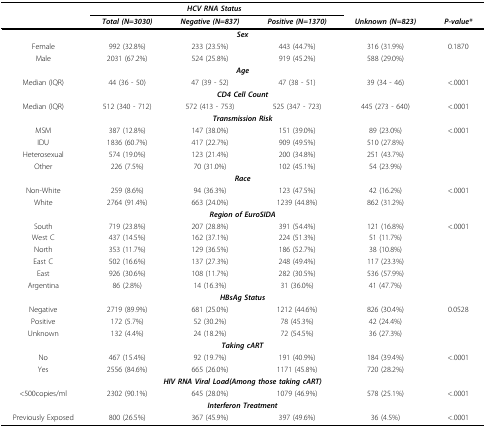
<table><thead><tr><td colspan="2"></td><td colspan="3"><b><i>HCV RNA Status</i></b></td><td></td></tr><tr><td></td><td><b><i>Total (N=3030)</i></b></td><td><b><i>Negative (N=837)</i></b></td><td><b><i>Positive (N=1370)</i></b></td><td><b><i>Unknown (N=823)</i></b></td><td><b><i>P-value*</i></b></td></tr></thead><tbody><tr><td colspan="6"><i><b>Sex</b></i></td></tr><tr><td>Female</td><td>992 (32.8%)</td><td>233 (23.5%)</td><td>443 (44.7%)</td><td>316 (31.9%)</td><td>0.1870</td></tr><tr><td>Male</td><td>2031 (67.2%)</td><td>524 (25.8%)</td><td>919 (45.2%)</td><td>588 (29.0%)</td><td></td></tr><tr><td colspan="6"><i><b>Age</b></i></td></tr><tr><td>Median (IQR)</td><td>44 (36 - 50)</td><td>47 (39 - 52)</td><td>47 (38 - 51)</td><td>39 (34 - 46)</td><td>&lt;.0001</td></tr><tr><td colspan="6"><i><b>CD4 Cell Count</b></i></td></tr><tr><td>Median (IQR)</td><td>512 (340 - 712)</td><td>572 (413 - 753)</td><td>525 (347 - 723)</td><td>445 (273 - 640)</td><td>&lt;.0001</td></tr><tr><td colspan="6"><i><b>Transmission Risk</b></i></td></tr><tr><td>MSM</td><td>387 (12.8%)</td><td>147 (38.0%)</td><td>151 (39.0%)</td><td>89 (23.0%)</td><td>&lt;.0001</td></tr><tr><td>IDU</td><td>1836 (60.7%)</td><td>417 (22.7%)</td><td>909 (49.5%)</td><td>510 (27.8%)</td><td></td></tr><tr><td>Heterosexual</td><td>574 (19.0%)</td><td>123 (21.4%)</td><td>200 (34.8%)</td><td>251 (43.7%)</td><td></td></tr><tr><td>Other</td><td>226 (7.5%)</td><td>70 (31.0%)</td><td>102 (45.1%)</td><td>54 (23.9%)</td><td></td></tr><tr><td colspan="6"><i><b>Race</b></i></td></tr><tr><td>Non-White</td><td>259 (8.6%)</td><td>94 (36.3%)</td><td>123 (47.5%)</td><td>42 (16.2%)</td><td>&lt;.0001</td></tr><tr><td>White</td><td>2764 (91.4%)</td><td>663 (24.0%)</td><td>1239 (44.8%)</td><td>862 (31.2%)</td><td></td></tr><tr><td colspan="6"><i><b>Region of EuroSIDA</b></i></td></tr><tr><td>South</td><td>719 (23.8%)</td><td>207 (28.8%)</td><td>391 (54.4%)</td><td>121 (16.8%)</td><td>&lt;.0001</td></tr><tr><td>West C</td><td>437 (14.5%)</td><td>162 (37.1%)</td><td>224 (51.3%)</td><td>51 (11.7%)</td><td></td></tr><tr><td>North</td><td>353 (11.7%)</td><td>129 (36.5%)</td><td>186 (52.7%)</td><td>38 (10.8%)</td><td></td></tr><tr><td>East C</td><td>502 (16.6%)</td><td>137 (27.3%)</td><td>248 (49.4%)</td><td>117 (23.3%)</td><td></td></tr><tr><td>East</td><td>926 (30.6%)</td><td>108 (11.7%)</td><td>282 (30.5%)</td><td>536 (57.9%)</td><td></td></tr><tr><td>Argentina</td><td>86 (2.8%)</td><td>14 (16.3%)</td><td>31 (36.0%)</td><td>41 (47.7%)</td><td></td></tr><tr><td colspan="6"><i><b>HBsAg Status</b></i></td></tr><tr><td>Negative</td><td>2719 (89.9%)</td><td>681 (25.0%)</td><td>1212 (44.6%)</td><td>826 (30.4%)</td><td>0.0528</td></tr><tr><td>Positive</td><td>172 (5.7%)</td><td>52 (30.2%)</td><td>78 (45.3%)</td><td>42 (24.4%)</td><td></td></tr><tr><td>Unknown</td><td>132 (4.4%)</td><td>24 (18.2%)</td><td>72 (54.5%)</td><td>36 (27.3%)</td><td></td></tr><tr><td colspan="6"><i><b>Taking cART</b></i></td></tr><tr><td>No</td><td>467 (15.4%)</td><td>92 (19.7%)</td><td>191 (40.9%)</td><td>184 (39.4%)</td><td>&lt;.0001</td></tr><tr><td>Yes</td><td>2556 (84.6%)</td><td>665 (26.0%)</td><td>1171 (45.8%)</td><td>720 (28.2%)</td><td></td></tr><tr><td colspan="6"><i><b>HIV RNA Viral Load(Among those taking cART)</b></i></td></tr><tr><td>&lt;500copies/ml</td><td>2302 (90.1%)</td><td>645 (28.0%)</td><td>1079 (46.9%)</td><td>578 (25.1%)</td><td>&lt;.0001</td></tr><tr><td colspan="6"><i><b>Interferon Treatment</b></i></td></tr><tr><td>Previously Exposed</td><td>800 (26.5%)</td><td>367 (45.9%)</td><td>397 (49.6%)</td><td>36 (4.5%)</td><td>&lt;.0001</td></tr></tbody></table>